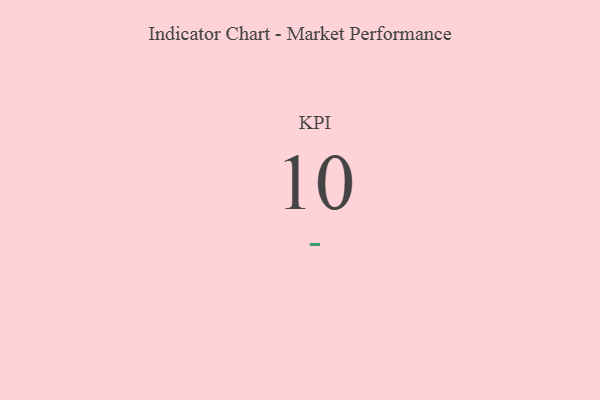
{"axis": {"x": "KPI", "y": "Value"}, "legend": [""], "data": [{"x": "KPI", "y": 10, "type": ""}]}